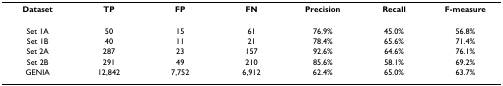
| Dataset | TP | FP | FN | Precision | Recall | F-measure |
 | --- | --- | --- | --- | --- | --- | --- |
 | Set 1A | 50 | 15 | 61 | 76.9% | 45.0% | 56.8% |
 | Set 1B | 40 | 11 | 21 | 78.4% | 65.6% | 71.4% |
 | Set 2A | 287 | 23 | 157 | 92.6% | 64.6% | 76.1% |
 | Set 2B | 291 | 49 | 210 | 85.6% | 58.1% | 69.2% |
 | GENIA | 12,842 | 7,752 | 6,912 | 62.4% | 65.0% | 63.7% |